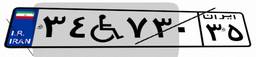
۳۴W۷۳۰۳۵